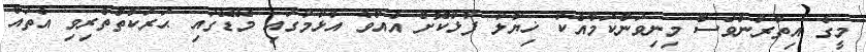
މީގެ އިތުރުންވެސް މިނިވަންކަމާއެކު ޚިޔާލު ފާޅުކޮށް އެއްވެ އުޅުމުގައި މޭޑޭގައި ޙަރަކާތްތެރިވި އެތައް